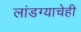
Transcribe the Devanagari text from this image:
लांडग्याचेही